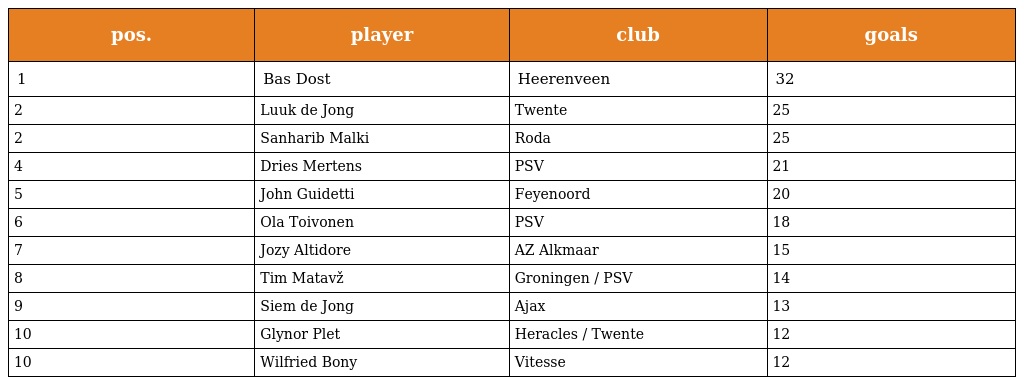
| pos. | player | club | goals |
 | --- | --- | --- | --- |
 | 1 | Bas Dost | Heerenveen | 32 |
 | 2 | Luuk de Jong | Twente | 25 |
 | 2 | Sanharib Malki | Roda | 25 |
 | 4 | Dries Mertens | PSV | 21 |
 | 5 | John Guidetti | Feyenoord | 20 |
 | 6 | Ola Toivonen | PSV | 18 |
 | 7 | Jozy Altidore | AZ Alkmaar | 15 |
 | 8 | Tim Matavž | Groningen / PSV | 14 |
 | 9 | Siem de Jong | Ajax | 13 |
 | 10 | Glynor Plet | Heracles / Twente | 12 |
 | 10 | Wilfried Bony | Vitesse | 12 |